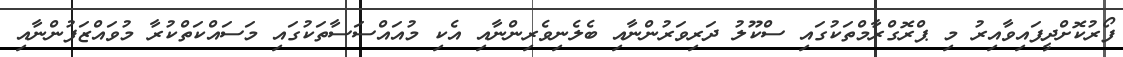
ފޯރުކޮށްދީފައިވާއިރު މި ޕްރޮގްރާމްތަކުގައި ސްކޫލު ދަރިވަރުންނާއި ބެލެނިވެރިންނާއި އެކި މުއައްސަސާތަކުގައި މަސައްކަތްކުރާ މުވައްޒަފުންނާއި